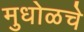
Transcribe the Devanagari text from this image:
मुधोळचे